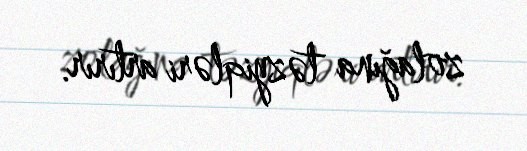
zolağına təzyiqləri artırır.